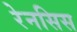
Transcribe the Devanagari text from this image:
रेनसिस